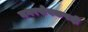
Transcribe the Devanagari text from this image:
नगरसेवकपदी